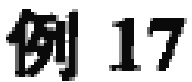
例 17